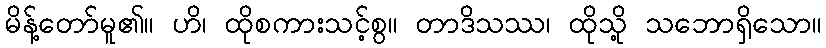
မိန့်တော်မူ၏။ ဟိ၊ ထိုစကားသင့်စွ။ တာဒိသဿ၊ ထိုသို့ သဘောရှိသော။